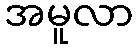
အမူလာ